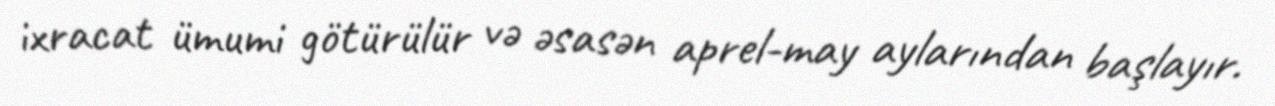
ixracat ümumi götürülür və əsasən aprel-may aylarından başlayır.